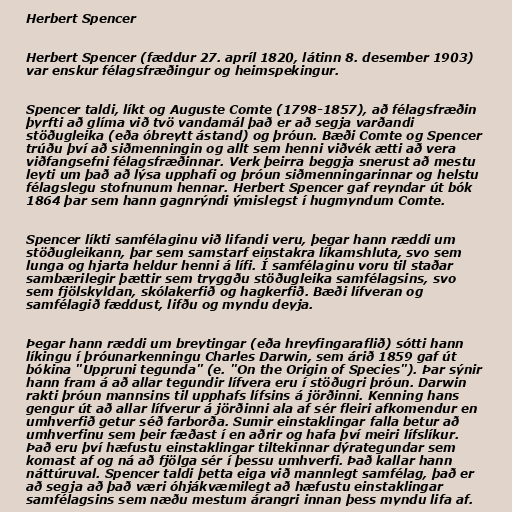
Herbert Spencer

Herbert Spencer (fæddur 27. apríl 1820, látinn 8. desember 1903)
var enskur félagsfræðingur og heimspekingur.

Spencer taldi, líkt og Auguste Comte (1798-1857), að félagsfræðin
þyrfti að glíma við tvö vandamál það er að segja varðandi
stöðugleika (eða óbreytt ástand) og þróun. Bæði Comte og Spencer
trúðu því að siðmenningin og allt sem henni viðvék ætti að vera
viðfangsefni félagsfræðinnar. Verk þeirra beggja snerust að mestu
leyti um það að lýsa upphafi og þróun siðmenningarinnar og helstu
félagslegu stofnunum hennar. Herbert Spencer gaf reyndar út bók
1864 þar sem hann gagnrýndi ýmislegst í hugmyndum Comte.

Spencer líkti samfélaginu við lifandi veru, þegar hann ræddi um
stöðugleikann, þar sem samstarf einstakra líkamshluta, svo sem
lunga og hjarta heldur henni á lífi. Í samfélaginu voru til staðar
sambærilegir þættir sem tryggðu stöðugleika samfélagsins, svo
sem fjölskyldan, skólakerfið og hagkerfið. Bæði lífveran og
samfélagið fæddust, lifðu og myndu deyja.

Þegar hann ræddi um breytingar (eða hreyfingaraflið) sótti hann
líkingu í þróunarkenningu Charles Darwin, sem árið 1859 gaf út
bókina "Uppruni tegunda" (e. "On the Origin of Species"). Þar sýnir
hann fram á að allar tegundir lífvera eru í stöðugri þróun. Darwin
rakti þróun mannsins til upphafs lífsins á jörðinni. Kenning hans
gengur út að allar lífverur á jörðinni ala af sér fleiri afkomendur en
umhverfið getur séð farborða. Sumir einstaklingar falla betur að
umhverfinu sem þeir fæðast í en aðrir og hafa því meiri lífslíkur.
Það eru því hæfustu einstaklingar tiltekinnar dýrategundar sem
komast af og ná að fjölga sér í þessu umhverfi. Það kallar hann
náttúruval. Spencer taldi þetta eiga við mannlegt samfélag, það er
að segja að það væri óhjákvæmilegt að hæfustu einstaklingar
samfélagsins sem næðu mestum árangri innan þess myndu lifa af.